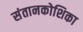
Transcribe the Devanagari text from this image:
संतानकोशिका